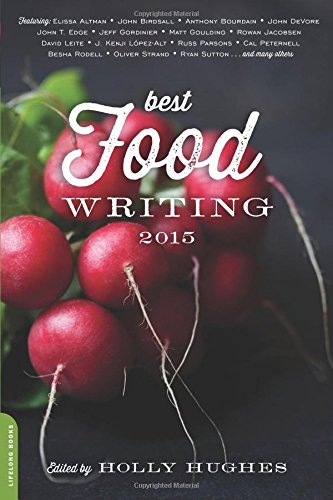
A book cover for Best Food Writing 2015; Holly Hughes; Literature & Fiction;